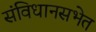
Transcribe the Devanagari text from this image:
संविधानसभेत